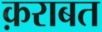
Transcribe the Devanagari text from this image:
क़राबत